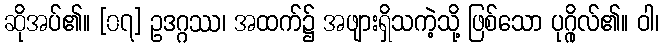
ဆိုအပ်၏။ [၀၇] ဥဒဂ္ဂဿ၊ အထက်၌ အဖျားရှိသကဲ့သို့ ဖြစ်သော ပုဂ္ဂိုလ်၏။ ဝါ၊